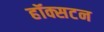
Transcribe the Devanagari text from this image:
हॉक्सटन